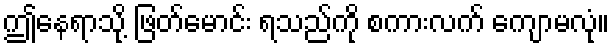
ဤနေရာသို့ ဖြတ်မောင်း ရသည်ကို စကားလက် ကျောမလုံ။